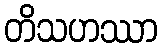
တိသဟဿာ